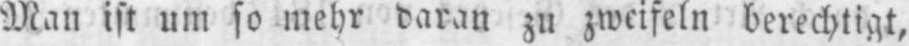
Man ist um so mehr daran zu zweifeln berechtigt,